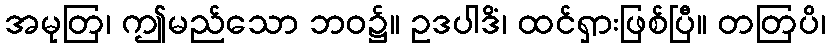
အမုတြ၊ ဤမည်သော ဘဝ၌။ ဥဒပါဒိံ၊ ထင်ရှားဖြစ်ပြီ။ တတြပိ၊